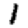
Digit: 1